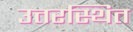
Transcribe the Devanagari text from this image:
उत्तरस्थित